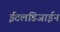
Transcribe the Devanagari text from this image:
ईटलडिजाईन